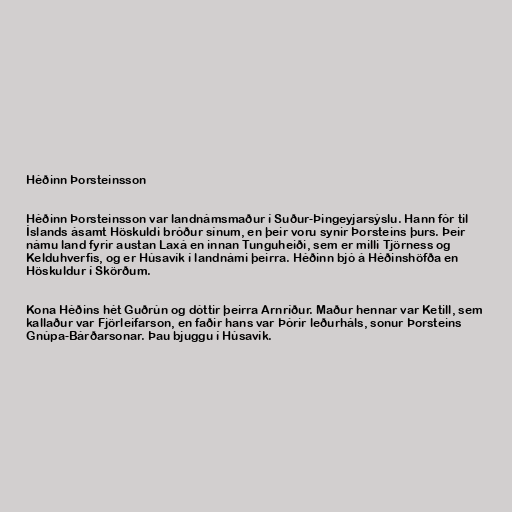
Héðinn Þorsteinsson

Héðinn Þorsteinsson var landnámsmaður í Suður-Þingeyjarsýslu. Hann fór til
Íslands ásamt Höskuldi bróður sínum, en þeir voru synir Þorsteins þurs. Þeir
námu land fyrir austan Laxá en innan Tunguheiði, sem er milli Tjörness og
Kelduhverfis, og er Húsavík í landnámi þeirra. Héðinn bjó á Héðinshöfða en
Höskuldur í Skörðum.

Kona Héðins hét Guðrún og dóttir þeirra Arnríður. Maður hennar var Ketill, sem
kallaður var Fjörleifarson, en faðir hans var Þórir leðurháls, sonur Þorsteins
Gnúpa-Bárðarsonar. Þau bjuggu í Húsavík.